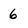
Character: 6